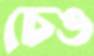
চেঙ